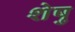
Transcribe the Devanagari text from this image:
शेषु